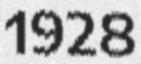
1928